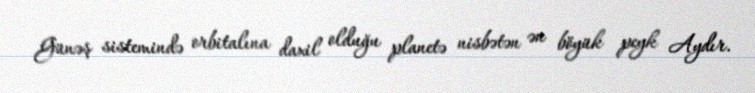
Günəş sistemində orbitalına daxil olduğu planetə nisbətən ən böyük peyk Aydır.